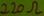
Text: 220Ω